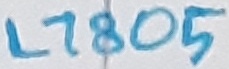
Text: L7805